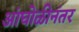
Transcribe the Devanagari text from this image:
आंघोळीनंतर